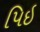
પિઇ